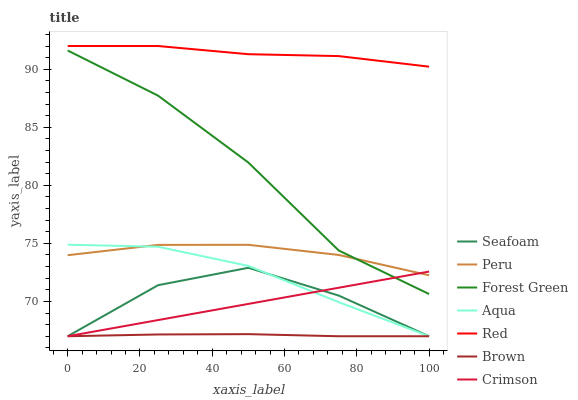
| xaxis_label | Seafoam | Peru | Forest Green | Aqua | Red | Brown | Crimson |
 | --- | --- | --- | --- | --- | --- | --- | --- |
 | 0 | 67 | 74 | 91.6 | 74.9 | 92 | 67 | 67 |
 | 25 | 71.4 | 74.9 | 87.7 | 74.7 | 92 | 67.2 | 68.4 |
 | 50 | 72.9 | 74.9 | 82 | 73.1 | 91.3 | 67.2 | 69.8 |
 | 75 | 70.5 | 74 | 74.4 | 69.9 | 91.1 | 67 | 71.2 |
 | 100 | 67 | 72.3 | 70.6 | 67 | 90.2 | 67 | 72.6 |